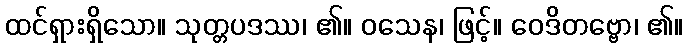
ထင်ရှားရှိသော။ သုတ္တပဒဿ၊ ၏။ ဝသေန၊ ဖြင့်။ ဝေဒိတဗ္ဗော၊ ၏။